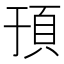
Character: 𬱀